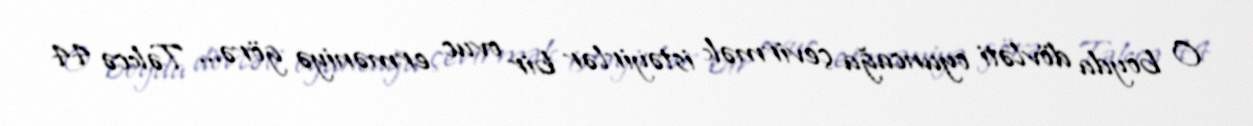
O boyda dövləti oyuncağa çevirmək istəyirlər bir ovuc erməniyə görə... Təkcə 44